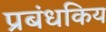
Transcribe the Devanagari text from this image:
प्रबंधकिय